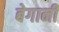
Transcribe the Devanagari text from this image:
बेगानी